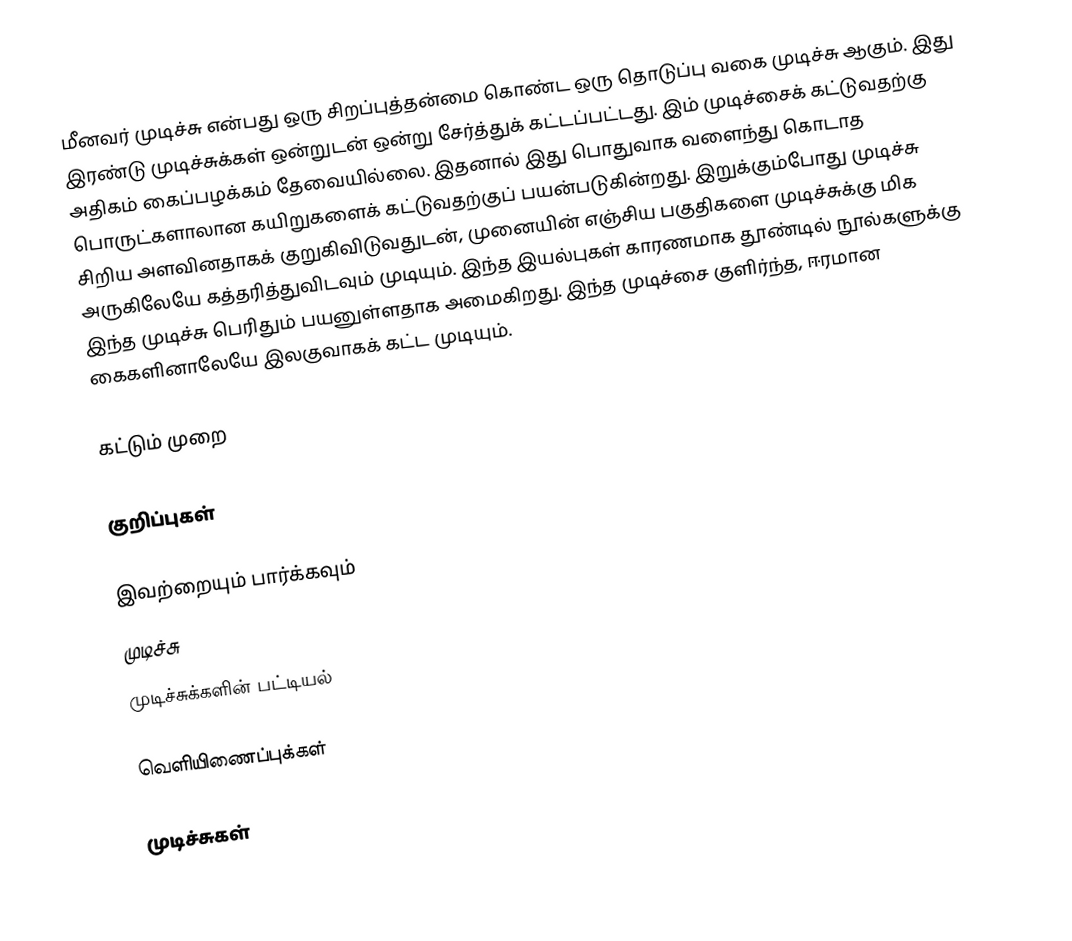
மீனவர் முடிச்சு என்பது ஒரு சிறப்புத்தன்மை கொண்ட ஒரு தொடுப்பு வகை முடிச்சு ஆகும். இது இரண்டு முடிச்சுக்கள் ஒன்றுடன் ஒன்று சேர்த்துக் கட்டப்பட்டது. இம் முடிச்சைக் கட்டுவதற்கு அதிகம் கைப்பழக்கம் தேவையில்லை. இதனால் இது பொதுவாக வளைந்து கொடாத பொருட்களாலான கயிறுகளைக் கட்டுவதற்குப் பயன்படுகின்றது. இறுக்கும்போது முடிச்சு சிறிய அளவினதாகக் குறுகிவிடுவதுடன், முனையின் எஞ்சிய பகுதிகளை முடிச்சுக்கு மிக அருகிலேயே கத்தரித்துவிடவும் முடியும். இந்த இயல்புகள் காரணமாக தூண்டில் நூல்களுக்கு இந்த முடிச்சு பெரிதும் பயனுள்ளதாக அமைகிறது. இந்த முடிச்சை குளிர்ந்த, ஈரமான கைகளினாலேயே இலகுவாகக் கட்ட முடியும்.

கட்டும் முறை

குறிப்புகள்

இவற்றையும் பார்க்கவும்
 முடிச்சு
 முடிச்சுக்களின் பட்டியல்

வெளியிணைப்புக்கள்

முடிச்சுகள்